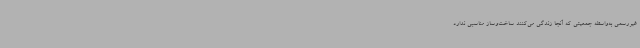
غیررسمی به‌واسطه جمعیتی که آنجا زندگی می‌کنند ساخت‌وساز مناسبی ندارد